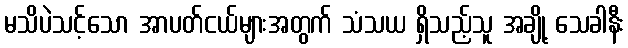
မသိပဲသင့်သော အာပတ်ငယ်များအတွက် သံသယ ရှိသည့်သူ အချို့ သေခါနီး